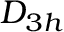
D _ { 3 h }